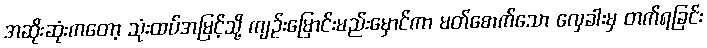
အဆိုးဆုံးကတော့ သုံးထပ်အမြင့်သို့ ကျဉ်းမြောင်းမည်းမှောင်ကာ မတ်စောက်သော လှေခါးမှ တက်ရခြင်း